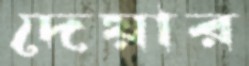
দেয়ার